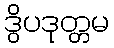
ဒွိပဒုတ္တမ